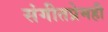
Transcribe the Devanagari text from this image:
संगीतप्रेमही